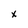
Character: x